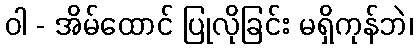
ဝါ - အိမ်ထောင် ပြုလိုခြင်း မရှိကုန်ဘဲ၊